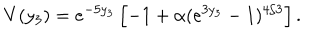
LaTeX: V ( y _ { 3 } ) = e ^ { - 5 y _ { 3 } } \left[ - 1 + \alpha ( e ^ { 3 y _ { 3 } } - 1 ) ^ { 4 / 3 } \right] .